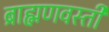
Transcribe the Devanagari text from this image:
ब्राह्मणवस्ती